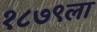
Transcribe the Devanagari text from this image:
१८७९ला